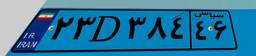
۲۳D۳۸۴۴۶